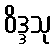
ဝိဒ္ဒသု